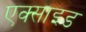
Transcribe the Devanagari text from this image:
एक्साइड